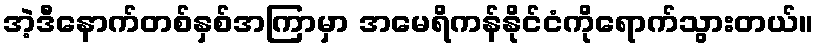
အဲ့ဒီနောက်တစ်နှစ်အကြာမှာ အမေရိကန်နိုင်ငံကိုရောက်သွားတယ်။